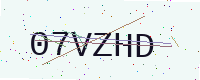
Text: 07VZHD